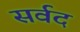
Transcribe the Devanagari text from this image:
सर्वद